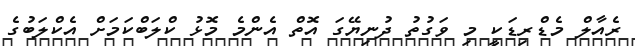
ރެއާލް މެޑްރިޑަކީ މި ވަގުތު ދުނިޔޭގަ އޮތް އެންމެ މޮޅު ކްލަބްކަމަށް އެކްލަބުގެ